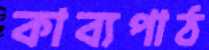
কাব্যপাঠ